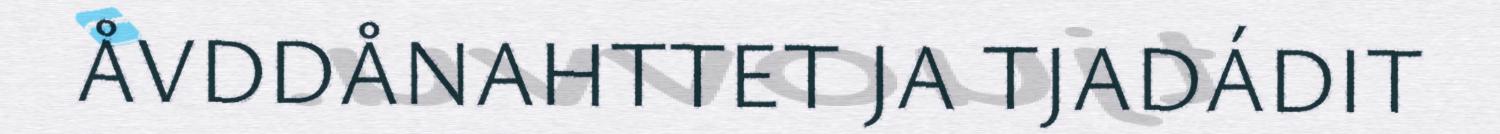
ÅVDDÅNAHTTET JA TJADÁDIT